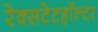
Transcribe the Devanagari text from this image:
रेक्सटेटहॉल्टर